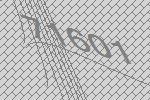
71601